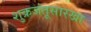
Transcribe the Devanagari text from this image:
शुक्रजंतूसारखा